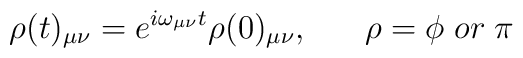
\rho (t) _{\mu \nu} = e^{i\omega_{\mu \nu} t} \rho (0) _{\mu \nu}, \;\;\;\;\;\; \rho = \phi \;  or \; \pi